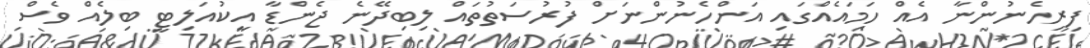
ފިރިހެނުންނާ އެއް ހަމައެއްގައި އަންހެނުންނަށް ފުރުސަތުތައް ލިބިދޭނެ ޖެންޑާ އީކުއަލިޓީ ބިލެއް ވެސް